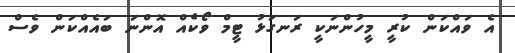
އެ ވައްކަން ކުރީ މީހުންނަކީ ރަނގަޅު ޓީމް ވޯކެއް އޮންނަ ބައެއްކަން ވެސް